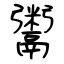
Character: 鬻